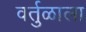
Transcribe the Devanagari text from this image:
वर्तुळाला